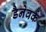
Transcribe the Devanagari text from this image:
डैनेवर्क